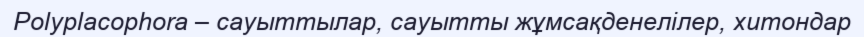
Polyplacophora – сауыттылар, сауытты жұмсақденелілер, хитондар